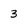
Character: 3